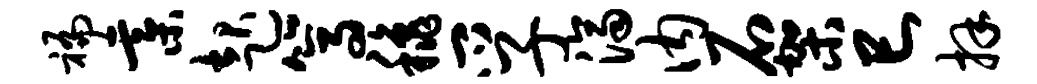
褊綦起篙秋孚济内石架巳拜